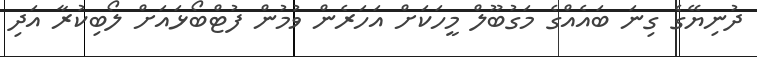
ދުނިޔޭގެ ގިނަ ބައެއްގެ މަގުބޫލް މީހަކަށް އަހަރެން ވުމުން ފުޓްބޯޅައަށް ލޯބިކުރާ އަދި